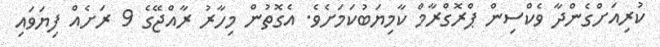
ކުރިއަށްގެންދާ ވެކްސިން ޕްރޮގްރާމް ކާމިޔަބުކަމަށެވެ. އެގޮތުން މިހާރު ރާއްޖޭގެ 9 ރަށެއް ފިޔަވައި